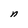
Character: n